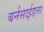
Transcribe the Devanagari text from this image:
बर्नसाईडला